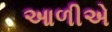
આળીએ